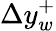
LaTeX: \Delta y_{w}^{+}